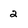
Character: 2